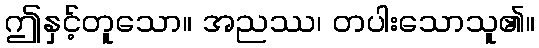
ဤနှင့်တူသော။ အညဿ၊ တပါးသောသူ၏။